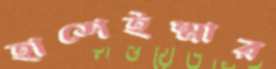
হাশেইম্মার